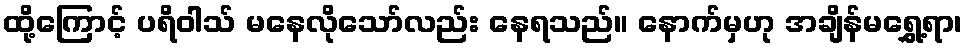
ထို့ကြောင့် ပရိဝါသ် မနေလိုသော်လည်း နေရသည်။ နောက်မှဟု အချိန်မရွှေ့ရာ၊